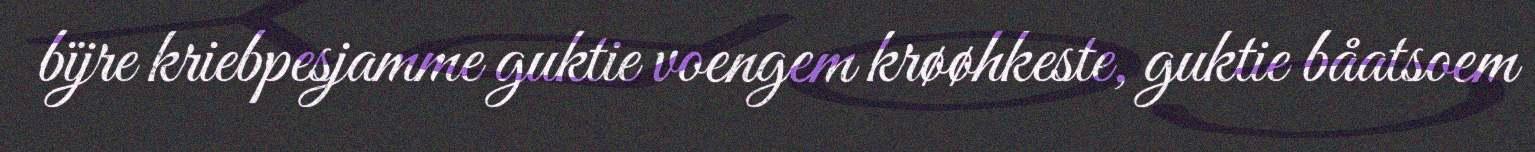
bïjre kriebpesjamme guktie voengem krøøhkeste, guktie båatsoem